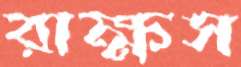
রাক্ষস